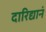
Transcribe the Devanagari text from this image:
दारिद्यानं